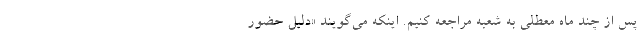
پس از چند ماه معطلی به شعبه مراجعه کنیم. اینکه می‌گویند «دلیل حضور